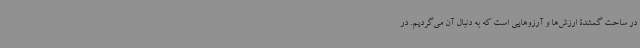
در ساحت گمشدۀ ارزش‌ها و آرزوهایی است که به دنبال آن می‌گردیم. در